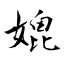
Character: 媲